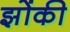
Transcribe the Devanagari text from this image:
झोंकी